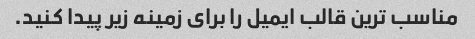
مناسب ترین قالب ایمیل را برای زمینه زیر پیدا کنید.